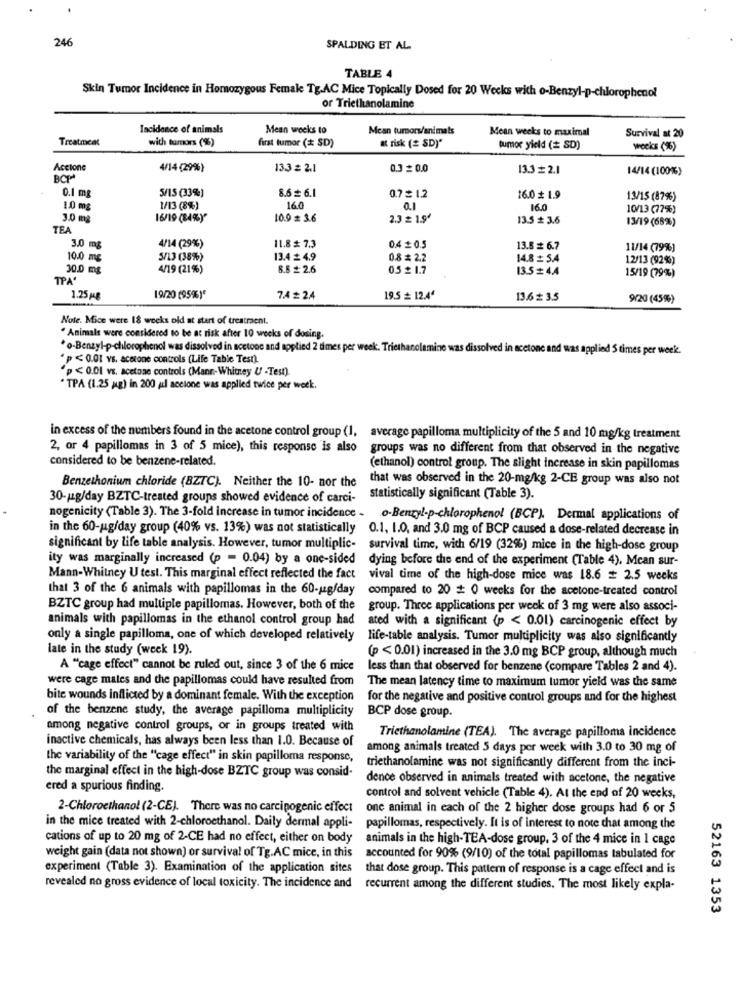
246
SPALDING ET AL
TABLE 4
Skin Tumor Incidence in Homozygous Female Tg.AC Mice Topically Dosed for 20 Weeks with o-Benzyl-p-chlorophenol
or Triethanolamine
Incidence of animals
Mean weeks to
Mean turbors/animals
Mean weeks to maximal
Survival at 20
Treatment
wich tumors (%)
first tumor ( SD)
a risk ( SD)"
tumor yield ( SD)
weeks (%)
Accione
4/14 (29%)
13.3 # 2.1
0.3 _0.0
13.3 = 2.1
14/14 (100%)
BCP
5/15(33%)
0.7 £ 1.2
0.1 mg
8.6 6.1
16.0 # 1.9
13/15 (87%)
1.0 mg
1/13 (8%)
16.0
0.1
16.0
10/13 (77%)
1.0 ml
16/19 (84%Y"
10.9 = 3.6
2.3 £ 1.9'
13.5 # 3.6
13/19 (68%)
TEA
11.8 # 7.3
3.0 mg
4/14 (29%)
0.4 # 0.5
13.5 # 6.7
11/14 (79%)
10.0 mg
5/13 (38%)
13.4 _ 4.9
0.8 # 2.2
14.8 =5.4
12/13 (92%)
30.0 mg
4/19 (21%)
8.6 £2.6
0.5 £ 1.7
13.5# 4.4
TPA'
15/19 (79%)
1.25 Mg
19/20 (95%)*
7.4 # 2.4
19.5 = 12.4ª
13.6 # 3.5
9/20 (45%)
Note. Mice were 18 weeks old at start of treatraent.
. Animals were considered to be at risk after 10 weeks of dosing.
*o-Benzyl-p-chlorophenol was dissolved in acetone and applied 2 times per week. Triethanolamine was dissolved in acetone and was applied 5 times per week.
"p <0.01 vs. acetone controls (Life Table Test).
"p < 0.01 vs. acetone controls (Mann-Whitney U -Test).
* TPA (1.25 ag) in 200 uil acetone was applied twice per week.
in excess of the numbers found in the acetone control group (1, average papilloma multiplicity of the 5 and 10 mg/kg treatment
2, or 4 papillomas in 3 of 5 mice), this response is also
groups was no different from that observed in the negative
considered to be benzene-related.
(ethanol) control group. The slight increase in skin papillomas
Benzethonium chloride (BZTC). Neither the 10- nor the
that was observed in the 20-mg/kg 2-CE group was also not
30-mg/day BZTC-treated groups showed evidence of carci-
statistically significant (Table 3).
nogenicity (Table 3). The 3-fold increase in tumor incidence - o-Benzyl-p-chlorophenol (BCP). Dermal applications of
in the 60-ug/day group (40% vs. 13%) was not statistically 0.1. I.O, and 3.0 mg of BCP caused a dose-related decrease in
significant by life table analysis. However, tumor multiplic- survival time, wich 6/19 (32%) mice in the high-dose group
ity was marginally increased (p = 0.04) by a one-sided dying before the end of the experiment (Table 4). Mean sur-
Mann-Whitney U test. This marginal effect reflected the fact
vival time of the high-dose mice was 18.6 # 2.5 weeks
that 3 of the 6 animals with papillomas in the 60-ug/day
compared to 20 # 0 weeks for the acetone-treated control
BZTC group had multiple papillomas. However, both of the
group. Three applications per week of 3 mg were also associ-
animals with papillomas in the ethanol control group had
ated with a significant (p < 0.01) carcinogenic effect by
only a single papilloma, one of which developed relatively
life-table analysis. Tumor multiplicity was also significantly
late in the study (week 19).
(p < 0.01) increased in the 3.0 mg BCP group, although much
A ""cage effect" cannot be ruled out, since 3 of the 6 mice
less than that observed for benzene (compare Tables 2 and 4).
were cage mates and the papillomas could have resulted from
The mean latency time to maximum tumor yield was the same
bite wounds Inflicted by a dominant female. With the exception
for the negative and positive control groups and for the highest
of the benzene study, the average papilloma multiplicity
BCP dose group.
among negative control groups, or in groups treated with
Triethanolamine (TEA). The average papilloma incidence
inactive chemicals, has always been less than 1.0. Because of
among animals treated 5 days per week with 3.0 to 30 mg of
the variability of the "cage effect" in skin papilloma response,
triethanolamine was not significantly different from the inci-
the marginal effect in the high-dose BZTC group was consid-
dence observed in animals treated with acetone, the negative
ered a spurious finding.
control and solvent vehicle (Table 4). At the end of 20 weeks,
2-Chloroethanol (2-CE). There was no carcinogenic effect
one animal in each of the 2 higher dose groups had 6 or 5
in the mice treated with 2-chloroethanol. Daily dermal appli-
papillomas, respectively. It is of interest to note that among the
cations of up to 20 mg of 2-CE had no effect, either on body
animals in the high-TEA-dose group. 3 of the 4 mice in 1 cage
weight gain (data not shown) or survival of Tg.AC mice, in this
accounted for 90% (9/10) of the total papillomas tabulated for
experiment (Table 3). Examination of the application sites
that dose group. This pattern of response is a cage effect and is
revealed no gross evidence of local toxicity. The incidence and recurrent among the different studies. The most likely expla-
52163 1353